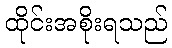
ထိုင်းအစိုးရသည်